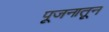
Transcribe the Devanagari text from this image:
पूजनातून